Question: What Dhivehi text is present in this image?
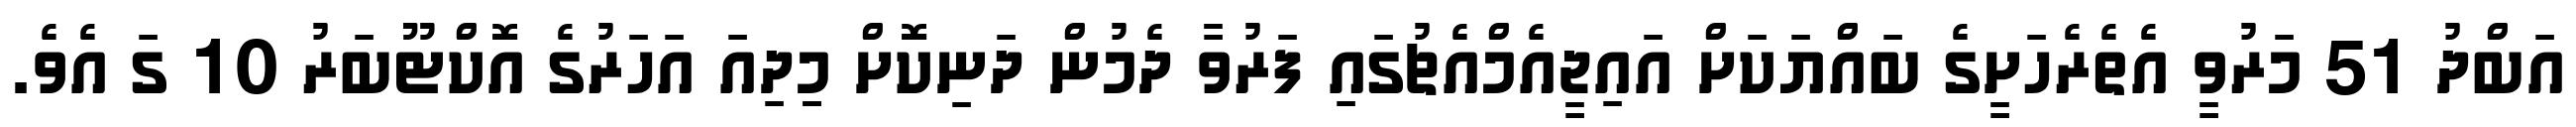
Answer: އަބްދު 51 މަރުވީ އެތެރެހަށީގެ ބައްޔަކަށް އައިޖީއެމްއެޗުގައި ފަރުވާ ދެމުން ދަނިކޮށް މިިދިއަ އަހަރުގެ އޮކްޓޫބަރު 10 ގަ އެވެ.